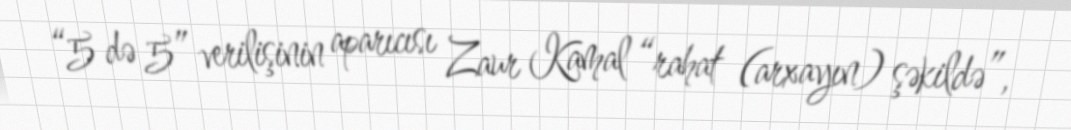
“5 də 5” verilişinin aparıcısı Zaur Kamal “rahat (arxayın) şəkildə”,